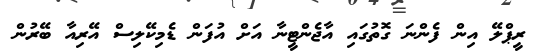
ރީޕްލޭ އިން ފެންނަ ގޮތުގައި އާޖެންޓީނާ އަށް އުފަން ޑެމިކޭލިސް އޭރިއާ ބޭރުން